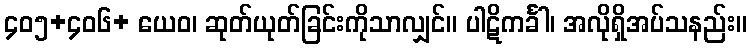
၄၀၅+၄၀၆+ ယေဝ၊ ဆုတ်ယုတ်ခြင်းကိုသာလျှင်။ ပါဋိကင်္ခါ၊ အလိုရှိအပ်သနည်း။